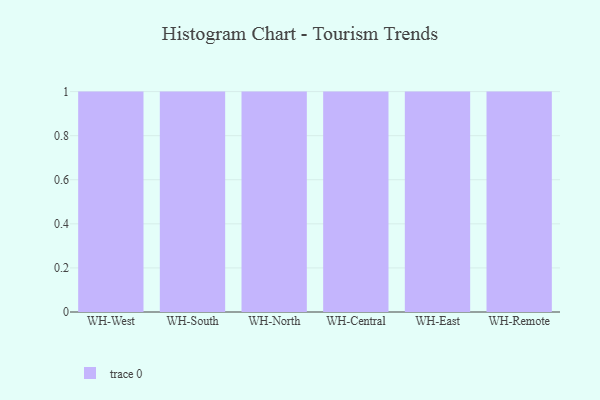
{"axis": {"x": "Warehouse", "y": "Satisfaction Score"}, "legend": [""], "data": [{"x": "WH-West", "y": 38, "type": ""}, {"x": "WH-South", "y": 15, "type": ""}, {"x": "WH-North", "y": 71, "type": ""}, {"x": "WH-Central", "y": 91, "type": ""}, {"x": "WH-East", "y": 89, "type": ""}, {"x": "WH-Remote", "y": 58, "type": ""}]}